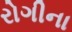
રોગીના